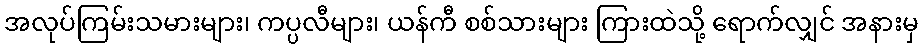
အလုပ်ကြမ်းသမားများ၊ ကပ္ပလီများ၊ ယန်ကီ စစ်သားများ ကြားထဲသို့ ရောက်လျှင် အနားမှ